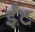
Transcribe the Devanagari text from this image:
र्इंट